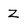
Character: z